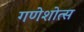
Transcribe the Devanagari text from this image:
गणेशोत्स